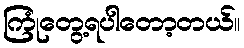
ကြုံတွေ့ရပါတော့တယ်။